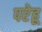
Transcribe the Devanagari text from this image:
परेहू